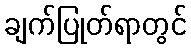
ချက်ပြုတ်ရာတွင်